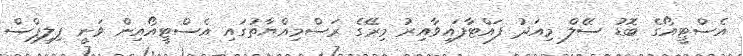
އެސްޓީއޯގެ ބޮޑު ސޭލް މިއަދު ފައްޓާފައިވާއިރު މިރޭގެ ރަސްމިއްޔާތުގައި އެސްޓީއޯއިން ވަނީ ފިލިޕްސް